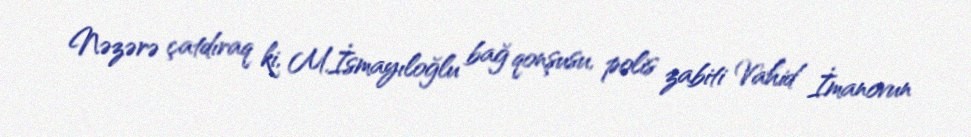
Nəzərə çatdıraq ki, M.İsmayıloğlu bağ qonşusu, polis zabiti Vahid İmanovun